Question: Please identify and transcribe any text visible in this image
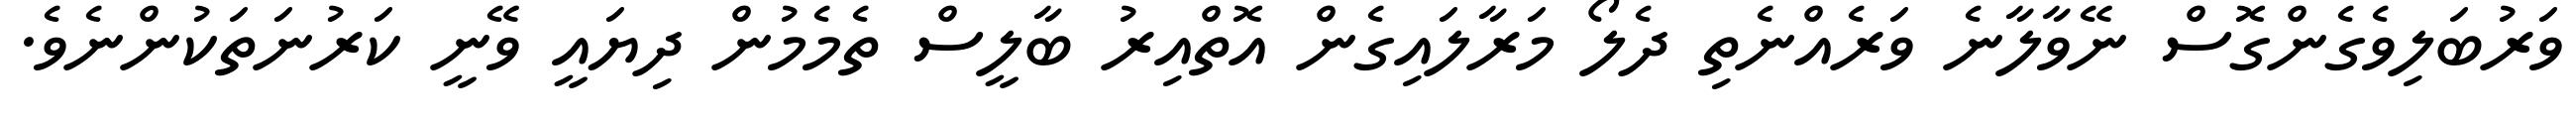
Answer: ވަރުބަލިވެގެންގޮސް ނޭވާލާނެ ވަރެއްނެތި ދެލޯ މަރާލައިގެން އޮތްއިރު ބާލީސް ތެމެމުން ދިޔައީ ވޭނީ ކަރުނަތަކުންނެވެ.